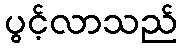
ပွင့်လာသည်